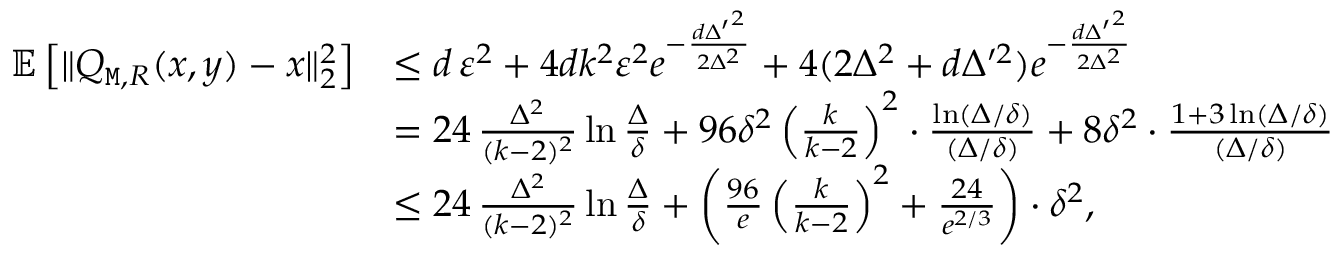
\begin{array} { r l } { \mathbb { E } \left[ \| Q _ { { \tt M } , R } ( x , y ) - x \| _ { 2 } ^ { 2 } \right] } & { \leq d \, \varepsilon ^ { 2 } + 4 d k ^ { 2 } \varepsilon ^ { 2 } e ^ { - \frac { d { \Delta ^ { \prime } } ^ { 2 } } { 2 \Delta ^ { 2 } } } + 4 ( 2 \Delta ^ { 2 } + d \Delta ^ { \prime 2 } ) e ^ { - \frac { d { \Delta ^ { \prime } } ^ { 2 } } { 2 \Delta ^ { 2 } } } } \\ & { = 2 4 \, \frac { \Delta ^ { 2 } } { ( k - 2 ) ^ { 2 } } \ln \frac \Delta \delta + 9 6 \delta ^ { 2 } \left( \frac { k } { k - 2 } \right) ^ { 2 } \cdot \frac { \ln ( \Delta / \delta ) } { ( \Delta / \delta ) } + 8 \delta ^ { 2 } \cdot \frac { 1 + 3 \ln ( \Delta / \delta ) } { ( \Delta / \delta ) } } \\ & { \leq 2 4 \, \frac { \Delta ^ { 2 } } { ( k - 2 ) ^ { 2 } } \ln \frac \Delta \delta + \left( \frac { 9 6 } { e } \left( \frac { k } { k - 2 } \right) ^ { 2 } + \frac { 2 4 } { e ^ { 2 / 3 } } \right) \cdot \delta ^ { 2 } , } \end{array}